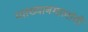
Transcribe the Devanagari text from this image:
व्याख्यानमालांनी